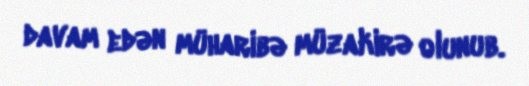
davam edən müharibə müzakirə olunub.